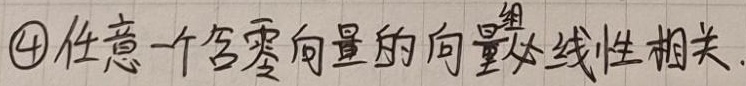
4. 任意一个含零向量的向量组线性相关.